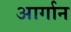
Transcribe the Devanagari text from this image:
आर्गान